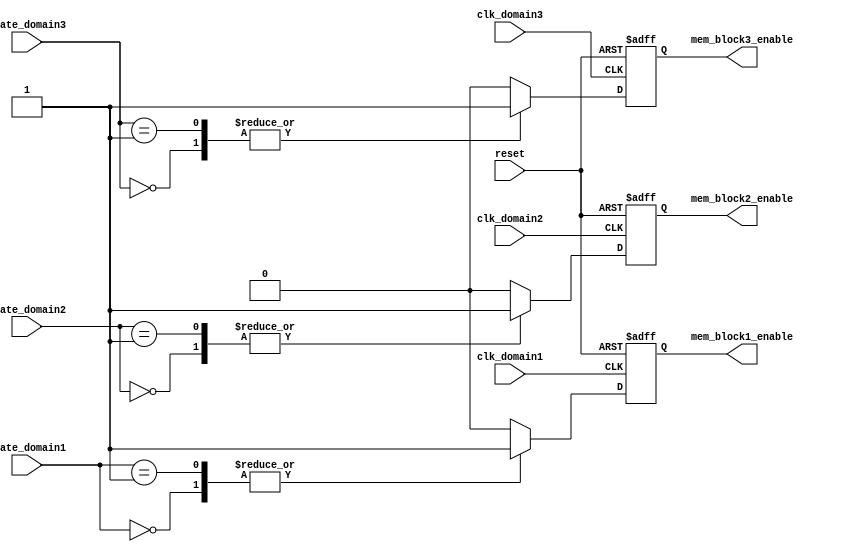
module memory_block_gating (
    input wire clk_domain1,       // Clock for Domain 1
    input wire clk_domain2,       // Clock for Domain 2
    input wire clk_domain3,       // Clock for Domain 3
    input wire reset,             // Global reset
    input wire [1:0] state_domain1, // State for Domain 1
    input wire [1:0] state_domain2, // State for Domain 2
    input wire [1:0] state_domain3, // State for Domain 3
    output reg mem_block1_enable, // Enable signal for Memory Block 1
    output reg mem_block2_enable, // Enable signal for Memory Block 2
    output reg mem_block3_enable  // Enable signal for Memory Block 3
);

// State definitions
localparam ACTIVE = 2'b00;
localparam IDLE = 2'b01;
localparam LOW_POWER = 2'b10;

// Gating logic for Memory Block 1
always @(posedge clk_domain1 or posedge reset) begin
    if (reset) begin
        mem_block1_enable <= 1'b0;
    end else begin
        case (state_domain1)
            ACTIVE: mem_block1_enable <= 1'b1;
            IDLE: mem_block1_enable <= 1'b1;
            LOW_POWER: mem_block1_enable <= 1'b0;
            default: mem_block1_enable <= 1'b0;
        endcase
    end
end

// Gating logic for Memory Block 2
always @(posedge clk_domain2 or posedge reset) begin
    if (reset) begin
        mem_block2_enable <= 1'b0;
    end else begin
        case (state_domain2)
            ACTIVE: mem_block2_enable <= 1'b1;
            IDLE: mem_block2_enable <= 1'b1;
            LOW_POWER: mem_block2_enable <= 1'b0;
            default: mem_block2_enable <= 1'b0;
        endcase
    end
end

// Gating logic for Memory Block 3
always @(posedge clk_domain3 or posedge reset) begin
    if (reset) begin
        mem_block3_enable <= 1'b0;
    end else begin
        case (state_domain3)
            ACTIVE: mem_block3_enable <= 1'b1;
            IDLE: mem_block3_enable <= 1'b1;
            LOW_POWER: mem_block3_enable <= 1'b0;
            default: mem_block3_enable <= 1'b0;
        endcase
    end
end

endmodule